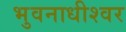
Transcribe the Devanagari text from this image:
भुवनाधीश्वर